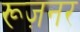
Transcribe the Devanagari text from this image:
रूज़नर